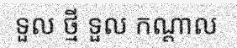
ទួល ថ្មី ទួល កណ្តាល